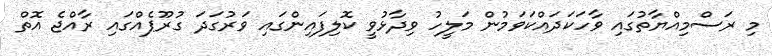
މި ރަސްމިއްޔާތުގައި ވާހަކަދައްކަވަމުން މަލީހު ވިދާޅުވީ ކޮލިފައިންގައި ވަރުގަދަ ގުރޫޕެއްގައި ރާއްޖެ އޮތް